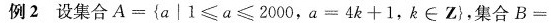
例2 设集合$$A = { a │ 1 ≤ a ≤ 2 0 0 0$$，$$a = 4 k + 1$$，k \in Z}，集合$$B =